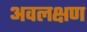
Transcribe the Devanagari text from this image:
अवलक्षण